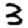
Digit: 3